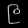
Digit: ၉